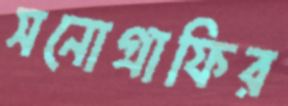
সনোগ্রাফির